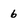
Character: 6